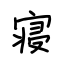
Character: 寝